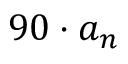
9 0 \cdot a _ { n }